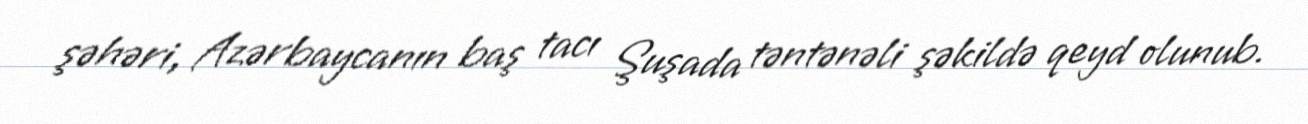
şəhəri, Azərbaycanın baş tacı Şuşada təntənəli şəkildə qeyd olunub.